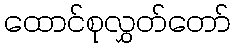
ထောင်စုလွှတ်တော်